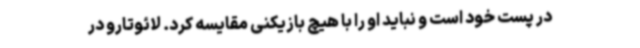
در پست خود است و نباید او را با هیچ بازیکنی مقایسه کرد. لائوتارو در